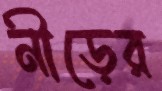
নীড়ের